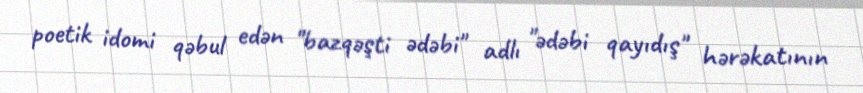
poetik idomi qəbul edən "bazqəşti ədəbi" adlı "ədəbi qayıdış" hərəkatının